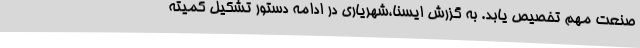
صنعت مهم تخصیص یابد. به گزرش ایسنا،شهریاری در ادامه دستور تشکیل کمیته